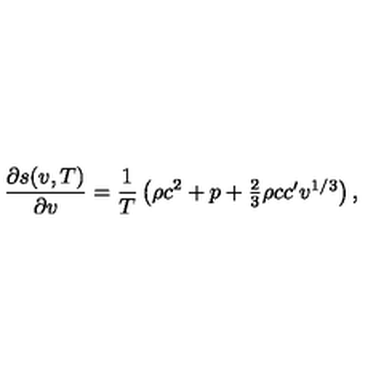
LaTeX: { \frac { \partial s ( v , T ) } { \partial v } } = { \frac { 1 } { T } } \left( \rho c ^ { 2 } + p + \textstyle { \frac { 2 } { 3 } } \rho c c ^ { \prime } v ^ { 1 / 3 } \right) ,